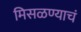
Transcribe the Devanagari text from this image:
मिसळण्याचं